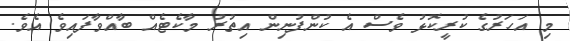
މި އަހަރުގެ ކުރީކޮޅު ވެސް އެ ކުންފުނިން އިތުރު މާކެޓެއް ބާއްވާފައިވެ އެވެ.